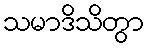
သမာဒိသိတွာ